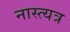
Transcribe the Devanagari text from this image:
नास्त्यत्र